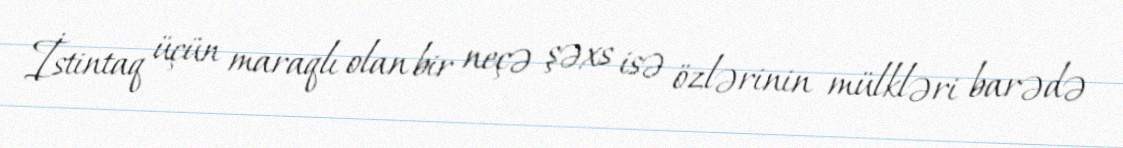
İstintaq üçün maraqlı olan bir neçə şəxs isə özlərinin mülkləri barədə